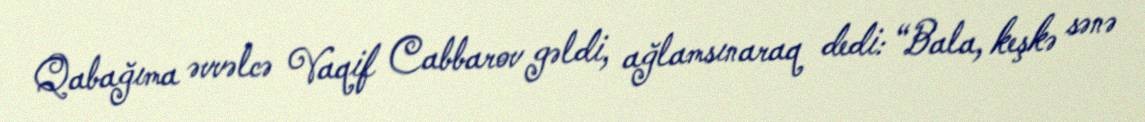
Qabağıma əvvəlcə Vaqif Cabbarov gəldi, ağlamsınaraq dedi: “Bala, keşkə sənə